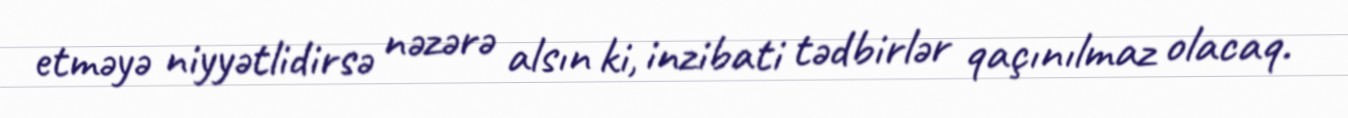
etməyə niyyətlidirsə nəzərə alsın ki, inzibati tədbirlər qaçınılmaz olacaq.